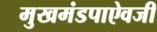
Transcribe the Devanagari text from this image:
मुखमंडपाऐवजी